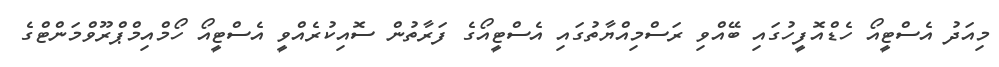
މިއަދު އެސްޓީއޯ ހެޑްއޮފީހުގައި ބޭއްވި ރަސްމިއްޔާތުގައި އެސްޓީއޯގެ ފަރާތުން ސޮއިކުރެއްވީ އެސްޓީއޯ ހޯމްއިމްޕްރޫވްމަންޓްގެ